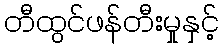
တီထွင်ဖန်တီးမှုနှင့်